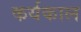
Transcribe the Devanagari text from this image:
कर्यकाल